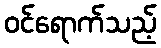
ဝင်ရောက်သည့်